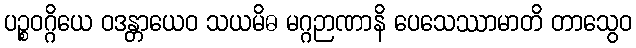
ပဉ္စဝဂ္ဂိယေ ဝဒန္တာယေဝ သယမိဓ မဂ္ဂဉာဏာနိ ပေသေဿာမာတိ တာသွေဝ